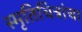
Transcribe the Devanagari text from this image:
स्मृतिचित्रांचा